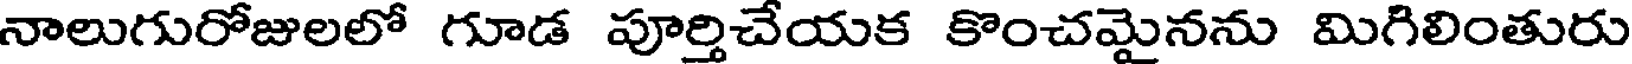
నాలుగురోజులలో గూడ పూర్తిచేయక కొంచమైనను మిగిలింతురు